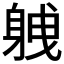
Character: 𮜸